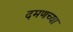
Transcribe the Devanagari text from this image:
दमणच्या